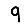
Digit: 9